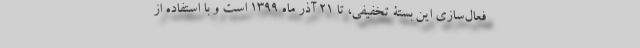
فعال‌سازی این بستۀ تخفیفی، تا ۲۱ آذر ماه ۱۳۹۹ است و با استفاده از